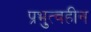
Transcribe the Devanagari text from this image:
प्रभुत्वहीन